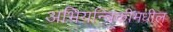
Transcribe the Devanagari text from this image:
अभियन्त्रिकीमधील